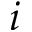
i